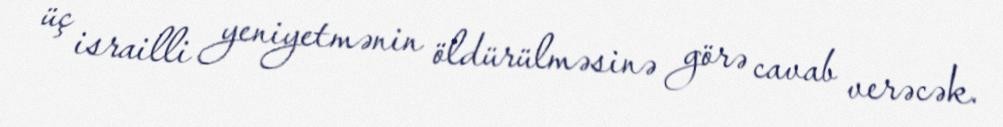
üç israilli yeniyetmənin öldürülməsinə görə cavab verəcək.